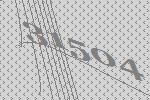
31504